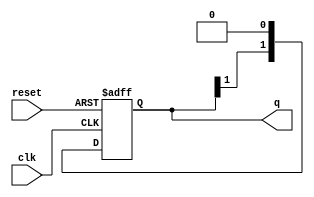
module JohnsonCounter #(
    parameter N = 2 // Number of flip-flops (change this to adjust the counter size)
)(
    input wire clk,      // Clock input
    input wire reset,    // Reset signal
    output reg [N-1:0] q // Output state
);

// Sequential logic for the Johnson counter
always @(posedge clk or posedge reset) begin
    if (reset) begin
        // Reset all flip-flops to 0
        q <= {N{1'b0}};
    end else begin
        // Johnson Counter transition logic
        // Shift the output and feedback the inverted last bit
        q <= {~q[N-1], q[N-1:N-1]} << 1; // Shift left and feed back inverted last bit
    end
end

endmodule